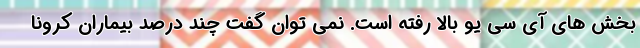
بخش های آی سی یو بالا رفته است. نمی توان گفت چند درصد بیماران کرونا